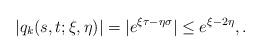
LaTeX: \begin{align*} \lvert q_k(s, t; \xi, \eta) \rvert = |e^{\xi \tau-\eta \sigma} |\leq e^{\xi - 2\eta}, . \end{align*}